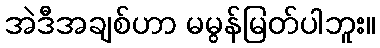
အဲဒီအချစ်ဟာ မမွန်မြတ်ပါဘူး။